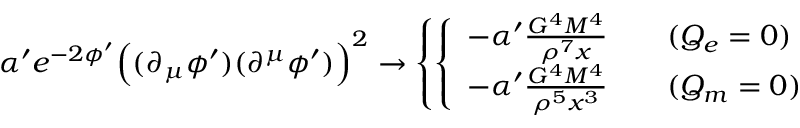
\alpha ^ { \prime } e ^ { - 2 \phi ^ { \prime } } \Bigl ( ( \partial _ { \mu } \phi ^ { \prime } ) ( \partial ^ { \mu } \phi ^ { \prime } ) \Bigr ) ^ { 2 } \rightarrow \left\{ \left\{ \begin{array} { l l } { { - \alpha ^ { \prime } \frac { G ^ { 4 } M ^ { 4 } } { \rho ^ { 7 } x } ~ ~ ~ } } & { { ( Q _ { e } = 0 ) } } \\ { { - \alpha ^ { \prime } \frac { G ^ { 4 } M ^ { 4 } } { \rho ^ { 5 } x ^ { 3 } } ~ ~ ~ } } & { { ( Q _ { m } = 0 ) } } \end{array} \right. \right.